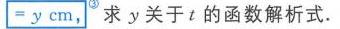
$=y\mathrm{cm},^{\textcircled{3}}$ 求 \(y\) 关于 \(t\) 的函数解析式.